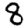
Digit: 8